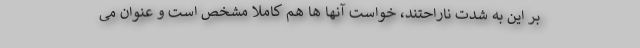
بر این به شدت ناراحتند، خواست آنها ها هم کاملا مشخص است و عنوان می